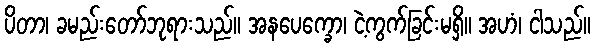
ပိတာ၊ ခမည်းတော်ဘုရားသည်။ အနပေက္ခော၊ ငဲ့ကွက်ခြင်းမရှိ။ အဟံ၊ ငါသည်။